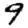
Digit: 9